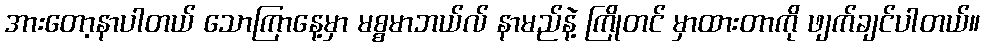
အားတော့နာပါတယ် သောကြာနေ့မှာ မစ္စမာဘယ်လ် နာမည်နဲ့ ကြိုတင် မှာထားတာကို ဖျက်ချင်ပါတယ်။